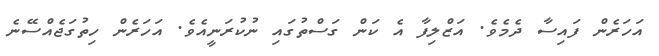
އަހަރެން ފައިސާ ދެމެވެ. އަޒްލިފާ އެ ކަން ގަސްތުގައި ނުކުރަނީއެވެ. އަހަރެން ހިތުގަޖެއްސޭނެ